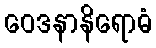
ဝေဒနာနိရောဓံ